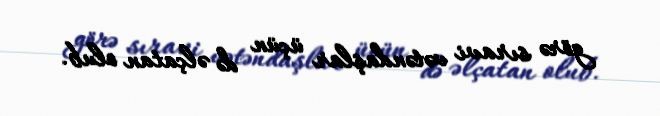
görə sıravi vətəndaşlar üçün də əlçatan olub.